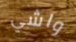
واشي